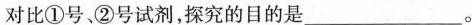
对比①号、②号试剂，探究的目的是___。